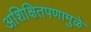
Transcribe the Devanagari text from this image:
अशिक्षितपणामुळे